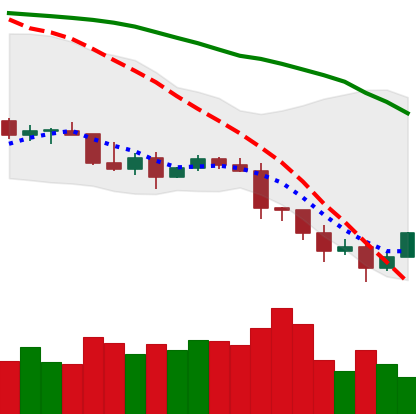
Ticker: TRX-USD
Chart end date: 2022-01-12
Forward return: 4.01%
Label: up_3_5